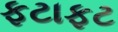
ફટાફટ